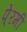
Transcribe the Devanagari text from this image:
पे्रमी